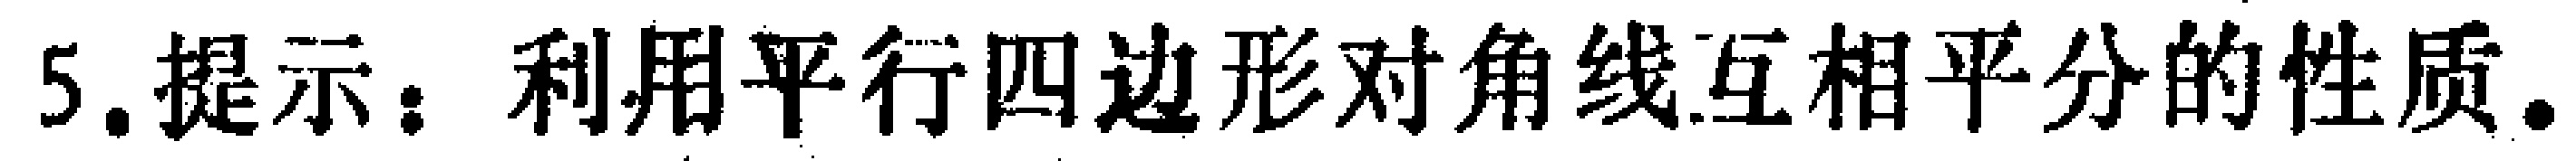
5.提示：利用平行四边形对角线互相平分的性质。